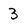
Character: 3